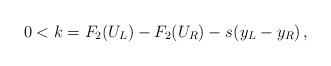
LaTeX: \begin{align*}0<k=F_2(U_L)-F_2(U_R)-s_{}(y_{L}-y_{R})\,,\end{align*}